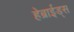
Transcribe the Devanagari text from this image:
हेब्राईड्स